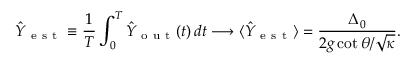
\hat { Y } _ { \mathrm { ~ e ~ s ~ t ~ } } \equiv \frac { 1 } { T } \int _ { 0 } ^ { T } \hat { Y } _ { \mathrm { ~ o ~ u ~ t ~ } } ( t ) \, d t \longrightarrow \langle \hat { Y } _ { \mathrm { ~ e ~ s ~ t ~ } } \rangle = \frac { \Delta _ { 0 } } { 2 g \cot \theta / \sqrt { \kappa } } .